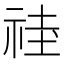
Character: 𱵍